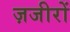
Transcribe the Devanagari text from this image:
ज़जीरों